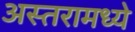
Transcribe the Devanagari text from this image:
अस्तरामध्ये